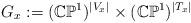
LaTeX: \begin{align*}G_x &:= (\mathbb{CP}^1)^{|V_x|} \times (\mathbb{CP}^1)^{|T_x|}\end{align*}